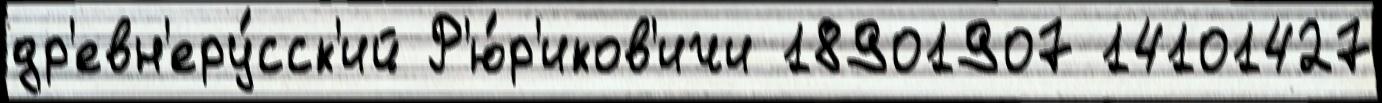
др'евн'еру́сск'ий Р'ю́р'иков'ичи 18901907 14101427